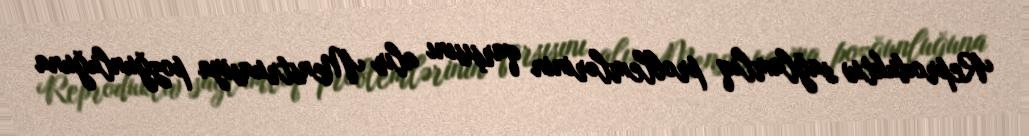
Reproduktiv sağlamlıq problemlərinin qarşısını alır Menstruasiya pozğunluğuna